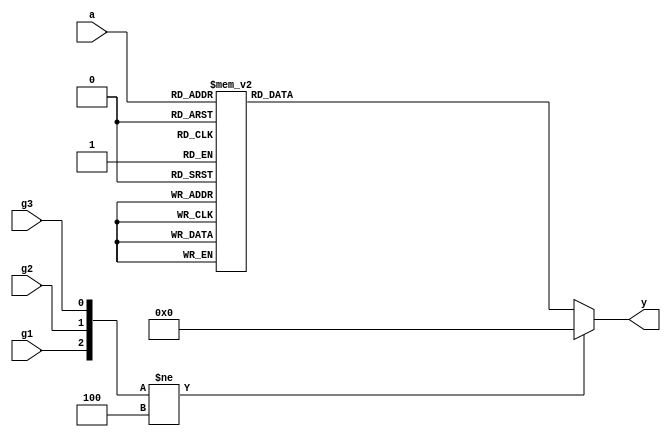
module  decoder3_8(//3_8
      input [2:0] a,//a,[2:0]
      input g1,
      input g2,
      input g3,//1~3
      output reg[7:0] y//y[7:0]
      );

always @(*) begin
        if({g1,g2,g3} != 3'b100) //g1 g2 g3100()
           y <= 8'h00;
        else 
           case(a)
              3'b000: y <= 8'b0000_0001; 
              3'b001: y <= 8'b0000_0010; 
              3'b010: y <= 8'b0000_0100; 
              3'b011: y <= 8'b0000_1000; 
              3'b100: y <= 8'b0001_0000; 
              3'b101: y <= 8'b0010_0000; 
              3'b110: y <= 8'b0100_0000; 
              3'b111: y <= 8'b1000_0000; 
           endcase
end
endmodule